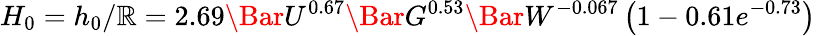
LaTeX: H_{0}={h_{0}}/{\mathbb{R}}=2.69\Bar{U}^{0.67}\Bar{G}^{0.53}\Bar{W}^{-0.067}\left(1-0.61e^{-0.73}\right)